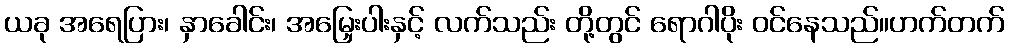
ယခု အရေပြား၊ နှာခေါင်း၊ အမြှေးပါးနှင့် လက်သည်း တို့တွင် ရောဂါပိုး ဝင်နေသည်။ဟက်တက်